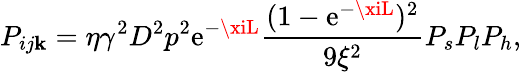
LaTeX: P_{ij\mathbf{k}}=\eta\gamma^{2}D^{2}p^{2}\mathrm{e}^{-\xiL}\frac{{(1-\mathrm{e}^{-\xiL})^{2}}}{{9\xi^{2}}}P_{s}P_{l}P_{h},